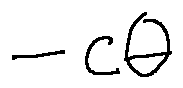
- c \theta